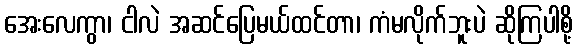
အေးလေကွာ၊ ငါလဲ အဆင်ပြေမယ်ထင်တာ၊ ကံမလိုက်ဘူးပဲ ဆိုကြပါစို့